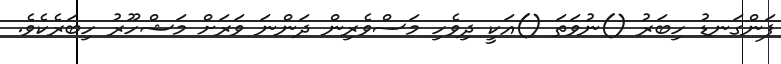
ފަންގަނޑު ހިބަރު ()ނުވަތަ ()އަކީ ދިވެހި މަސްވެރިން ދަންނަ ވަރަށް މަޝްހޫރު ހިބަރެކެވެ.